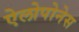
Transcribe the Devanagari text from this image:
ऐलोपोनेस